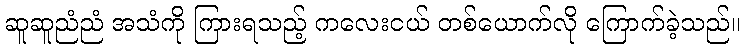
ဆူဆူညံညံ အသံကို ကြားရသည့် ကလေးငယ် တစ်ယောက်လို ကြောက်ခဲ့သည်။